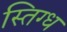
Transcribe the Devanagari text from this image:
स्तिग्ध